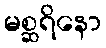
မစ္ဆရိနော